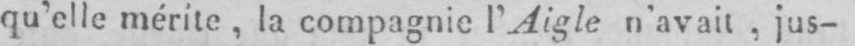
qu’elle mérite, la compagnie l’Aigle n’avait, jus-